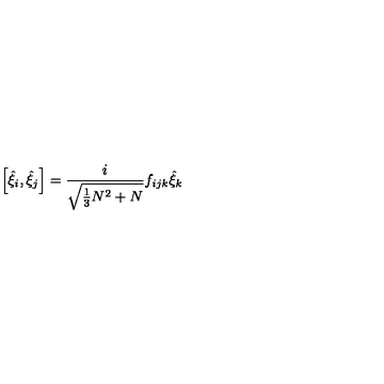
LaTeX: \left[ { \hat { \xi } } _ { i } , { \hat { \xi } } _ { j } \right] = \frac { i } { \sqrt { \frac { 1 } { 3 } N ^ { 2 } + N } } f _ { i j k } { \hat { \xi } } _ { k }